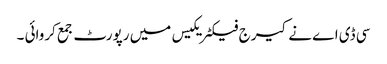
سی ڈی اے نے کیرج فیکٹریکیس میں رپورٹ جمع کروائی ۔